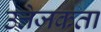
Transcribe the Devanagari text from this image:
उत्तेजकता